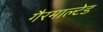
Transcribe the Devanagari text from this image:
गैरमाल्टेड